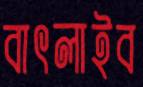
বাৎলাইব